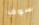
سوف